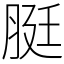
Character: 脡